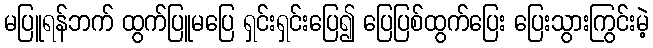
မပြူရန်ဘက် ထွက်ပြူမပြေ ရှင်းရှင်းပြေ၍ ပြေပြစ်ထွက်ပြေး ပြေးသွားကြွင်းမဲ့